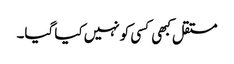
مستقل کبھی کسی کو نہیں کیا گیا۔